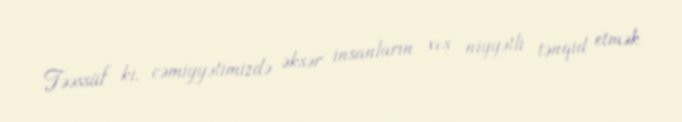
Təəssüf ki, cəmiyyətimizdə əksər insanların xoş niyyətli tənqid etmək